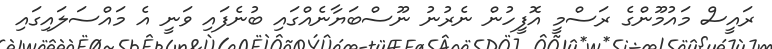
ރައީސް މައުމޫންގެ ރަސްމީ އޮފީހުން ނެރުނު ނޫސްބަޔާނެއްގައި ބުނެފައި ވަނީ އެ މައްސަލައިގައި